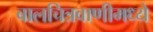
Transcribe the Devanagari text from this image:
बालचित्रवाणीमध्ये